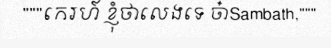
"""កេរហ៍ ខ្ញុំថាលេងទេ ចា៎Sambath,"""